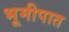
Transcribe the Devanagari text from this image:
भूमीपात